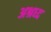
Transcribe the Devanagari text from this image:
अश्रध्द